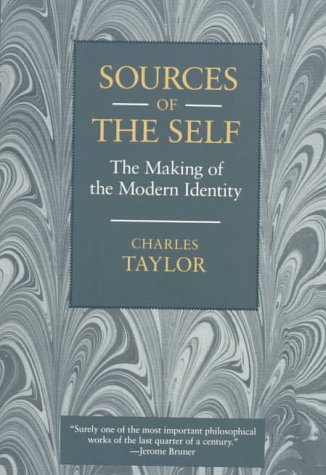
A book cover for Sources of the Self: The Making of the Modern Identity; Charles Taylor; Politics & Social Sciences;